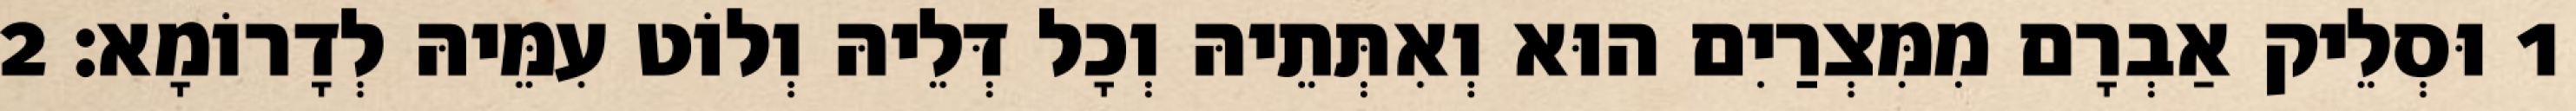
1 וּסְלֵיק אַבְרָם מִמִּצְרַיִם הוּא וְאִתְּתֵיהּ וְכָל דְּלֵיהּ וְלוֹט עִמֵּיהּ לְדָרוֹמָא׃ 2